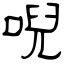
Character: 唲